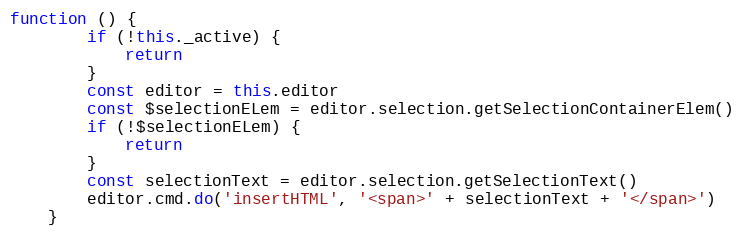
Language: JavaScript
function () {
        if (!this._active) {
            return
        }
        const editor = this.editor
        const $selectionELem = editor.selection.getSelectionContainerElem()
        if (!$selectionELem) {
            return
        }
        const selectionText = editor.selection.getSelectionText()
        editor.cmd.do('insertHTML', '<span>' + selectionText + '</span>')
    }